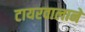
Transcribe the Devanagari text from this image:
टायरवालाने